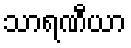
သာရဏီယာ